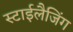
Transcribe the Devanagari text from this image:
स्टाईलैजिंग